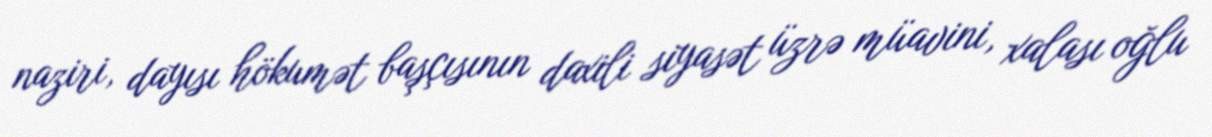
naziri, dayısı hökumət başçısının daxili siyasət üzrə müavini, xalası oğlu